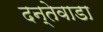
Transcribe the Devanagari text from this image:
दन्तेवाडा